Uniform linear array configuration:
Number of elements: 4
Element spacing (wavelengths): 1
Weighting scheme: kaiser
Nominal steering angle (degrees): -60
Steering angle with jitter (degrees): -59.265
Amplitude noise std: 0.05
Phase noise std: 0.05

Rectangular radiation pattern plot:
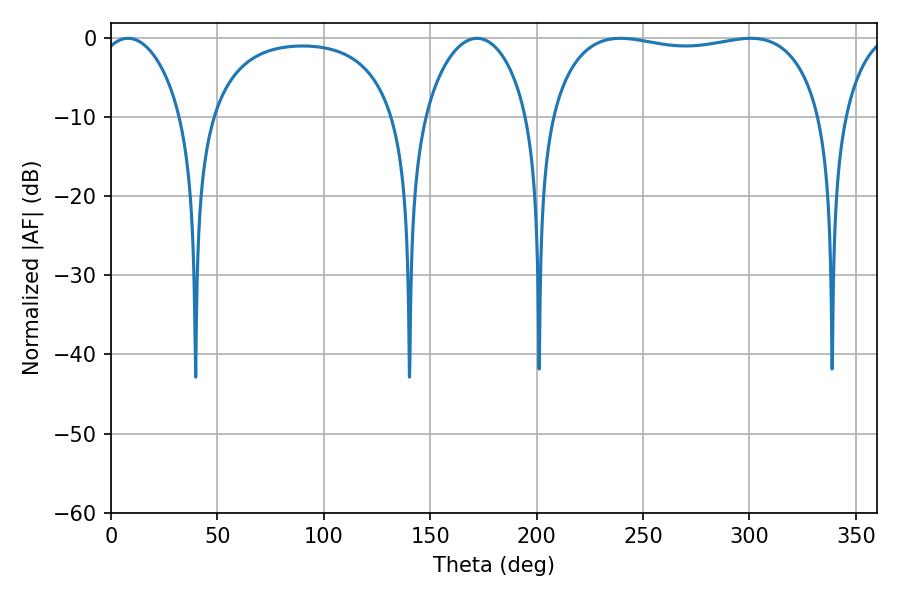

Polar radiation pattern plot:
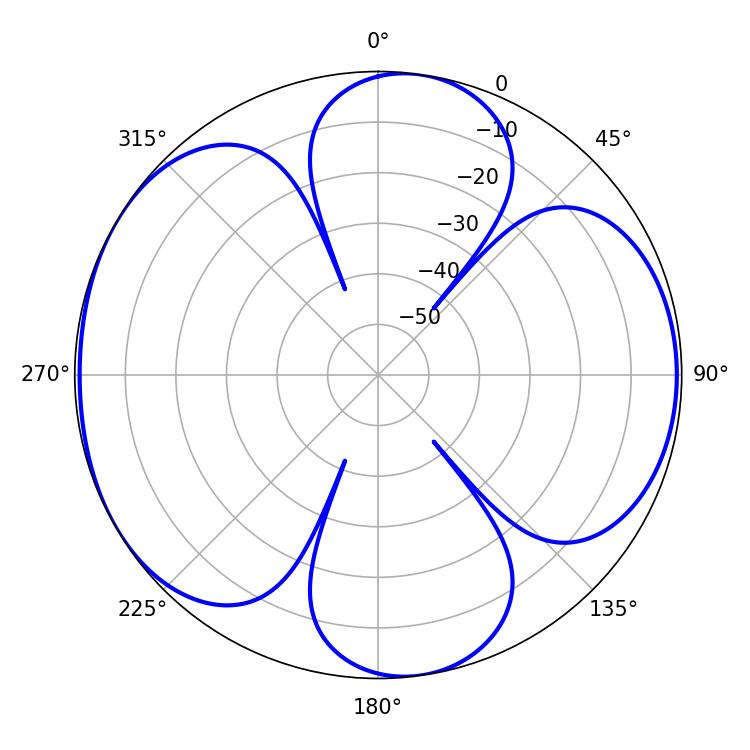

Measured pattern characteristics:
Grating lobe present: TRUE
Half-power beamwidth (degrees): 102.96
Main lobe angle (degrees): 239.4